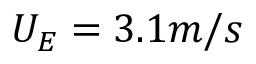
{ U _ { E } } = 3 . 1 m / s